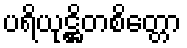
ပရိယုဋ္ဌိတစိတ္တော